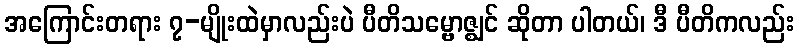
အကြောင်းတရား ၇-မျိုးထဲမှာလည်းပဲ ပီတိသမ္ဗောဇ္ဈင် ဆိုတာ ပါတယ်၊ ဒီ ပီတိကလည်း